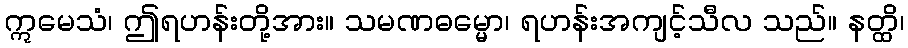
ဣမေသံ၊ ဤရဟန်းတို့အား။ သမဏဓမ္မော၊ ရဟန်းအကျင့်သီလ သည်။ နတ္ထိ၊